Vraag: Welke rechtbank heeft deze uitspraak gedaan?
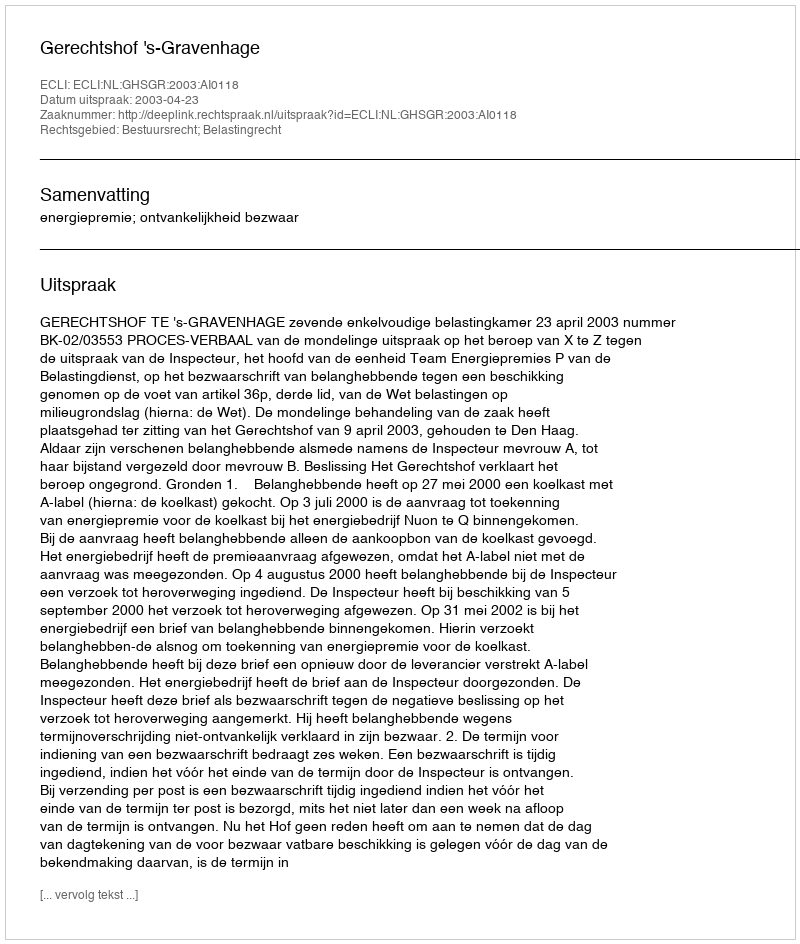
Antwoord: Gerechtshof 's-Gravenhage